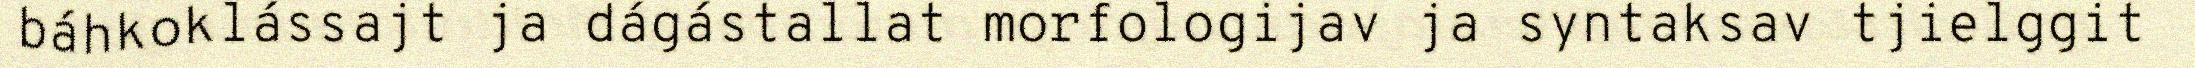
báhkoklássajt ja dágástallat morfologijav ja syntaksav tjielggit